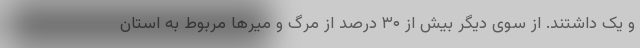
و یک داشتند. از سوی دیگر بیش از ۳۰ درصد از مرگ و میرها مربوط به استان